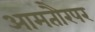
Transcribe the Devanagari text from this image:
आमतौरपर